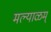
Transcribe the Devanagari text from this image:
मल्याळम्